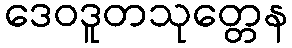
ဒေဝဒူတသုတ္တေန